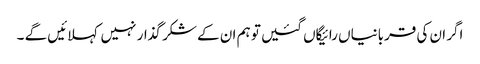
اگر ان کی قربانیاں رائیگاں گئیں تو ہم ان کے شکر گذار نہیں کہلائیں گے ۔